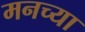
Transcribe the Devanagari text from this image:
मनच्या